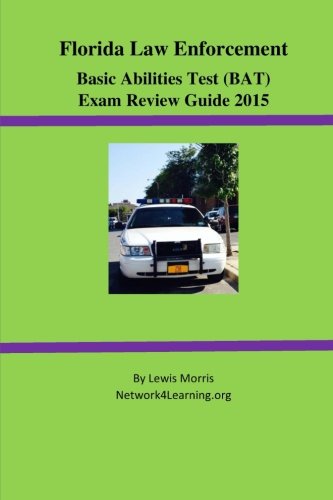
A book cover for Florida Law Enforcement Basic Abilities Test (BAT) Exam Review Guide; Lewis Morris; Test Preparation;